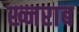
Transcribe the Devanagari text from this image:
ख्नराब